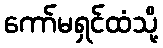
ကော်မရှင်ထံသို့